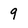
Character: 9